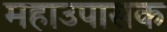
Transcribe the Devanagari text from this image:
महाउपासक